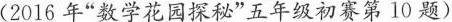
（2016年“教学花园探秘”五年级初赛第10题）